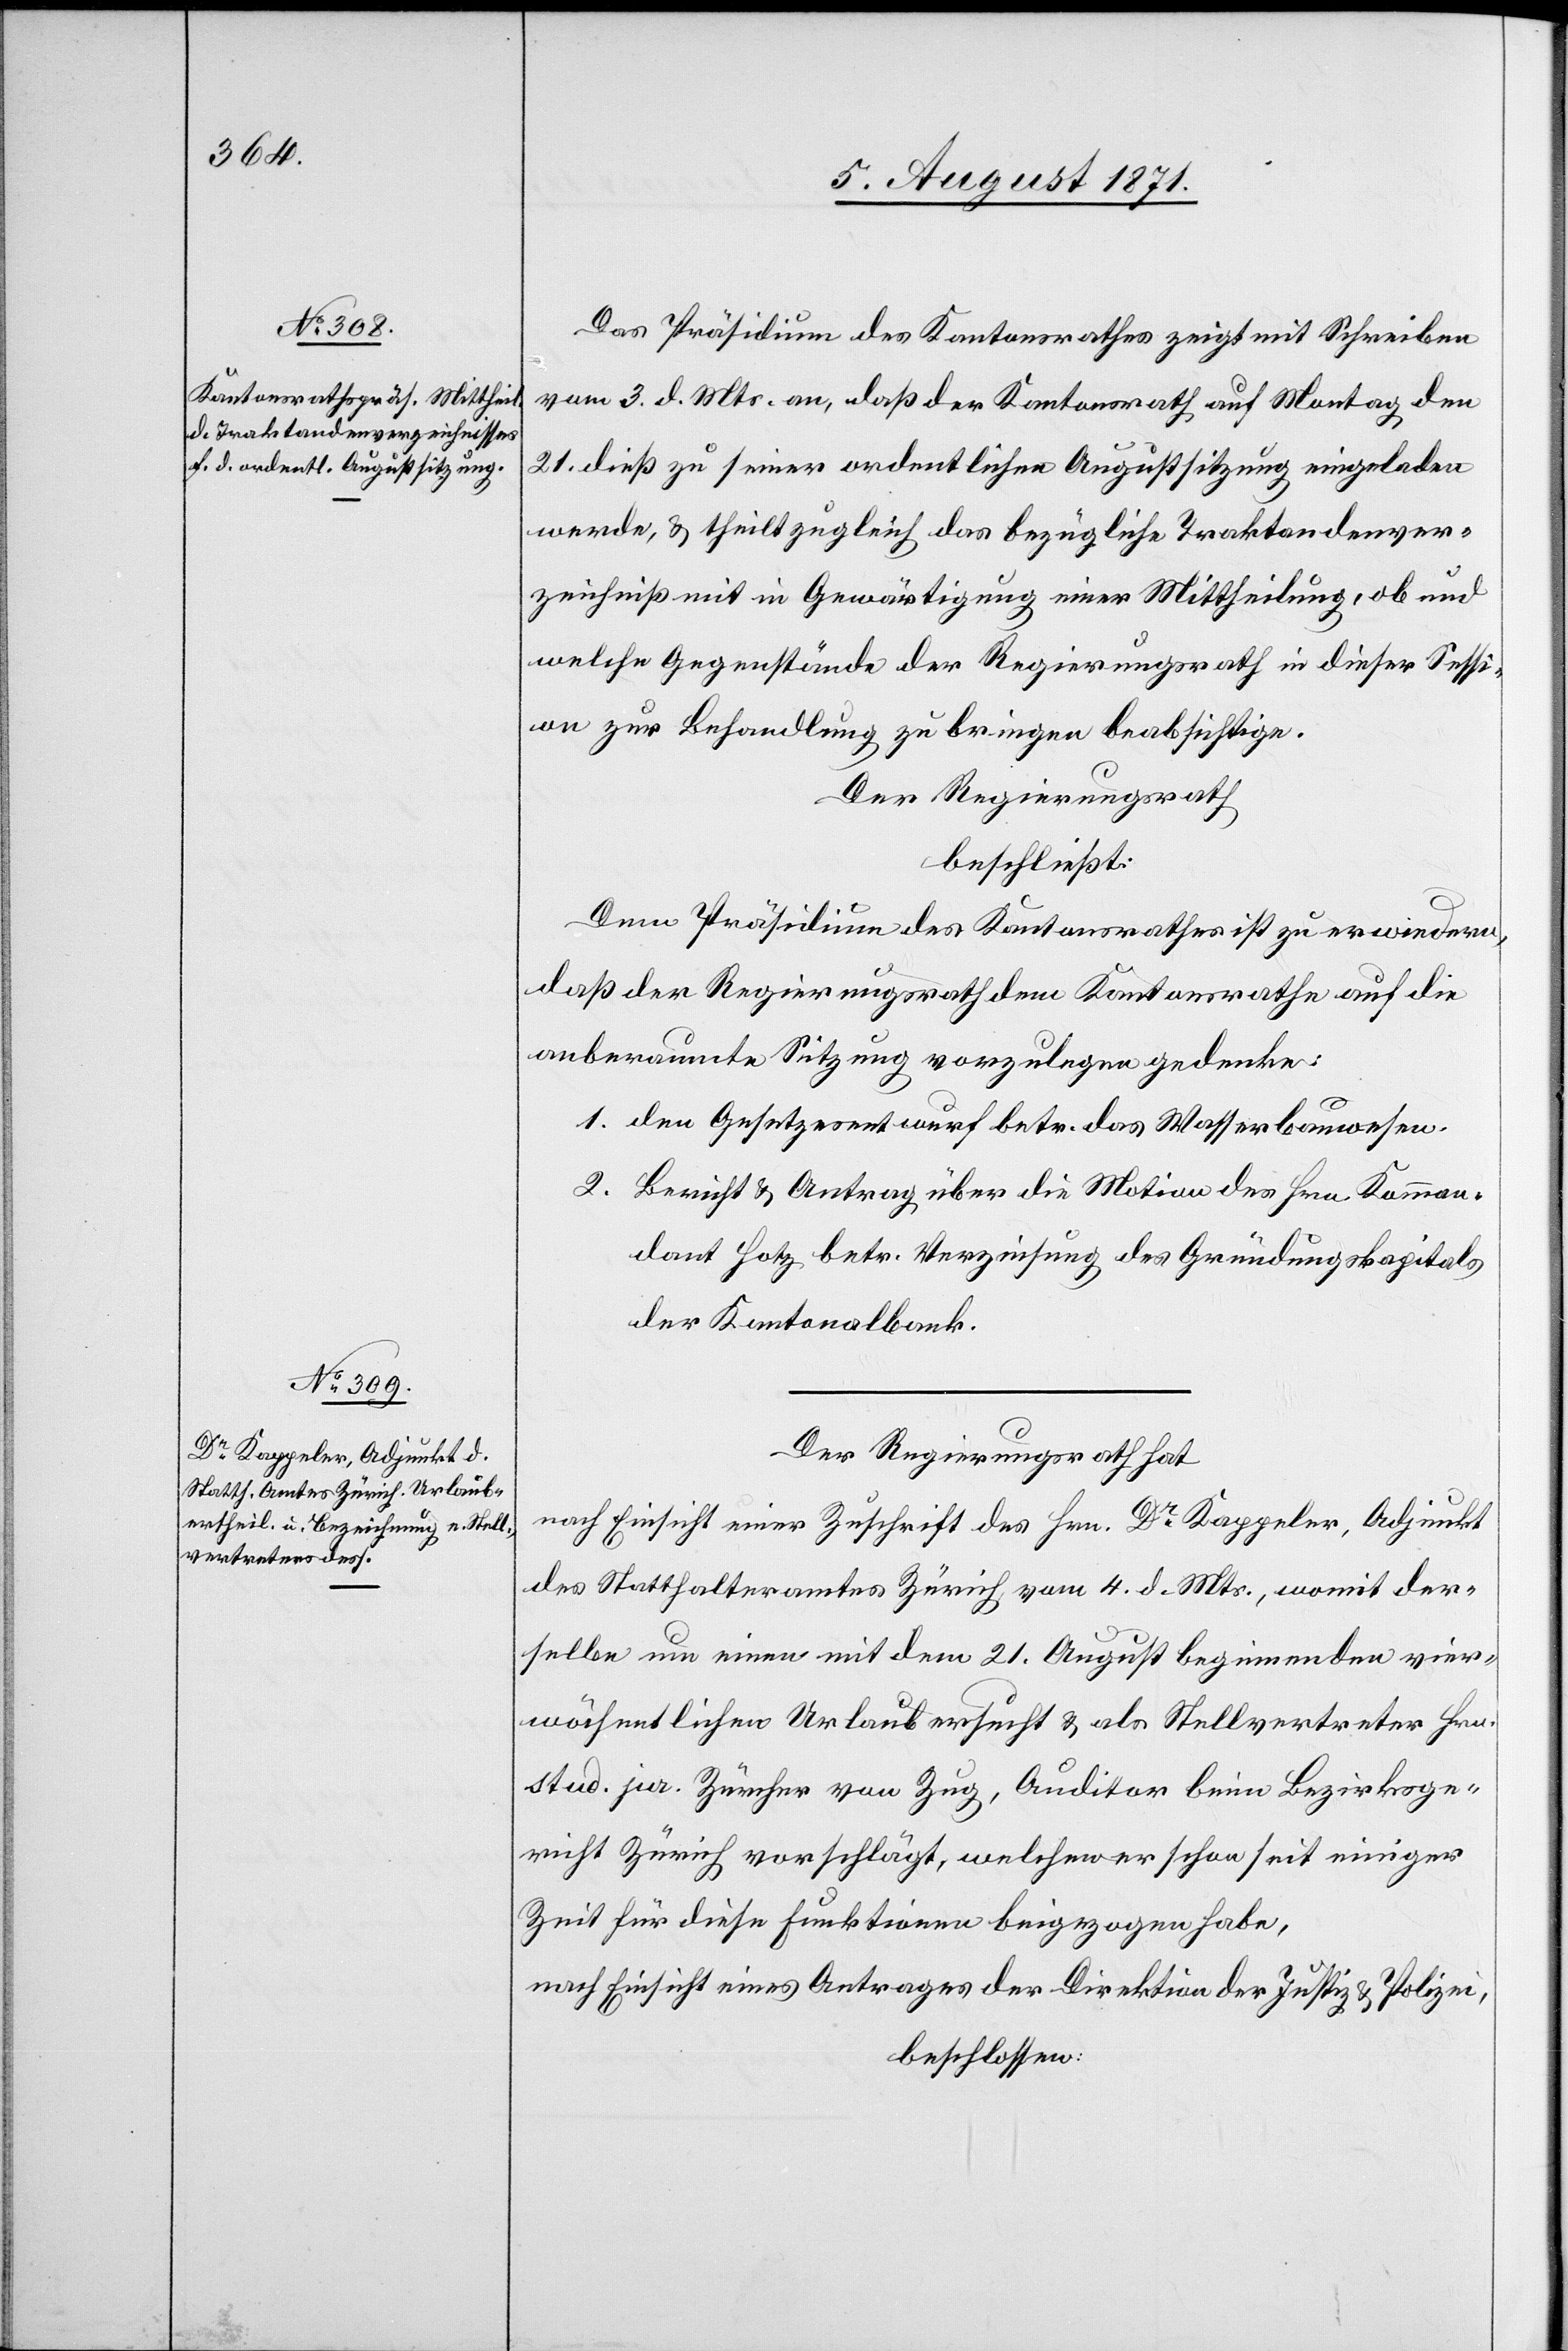
Das Präsidium des Kantonsrathes zeigt mit Schreiben
vom 3. d. Mts. an, daß der Kantonsrath auf Montag den
21. dieß zu seiner ordentlichen Augustsitzung eingeladen
werde, u. theilt zugleich das bezügliche Traktandenver¬
zeichniß mit in Gewärtigung einer Mittheilung, ob und
welche Gegenstände der Regierungsrath in dieser Sessi¬
on zur Behandlung zu bringen beabsichtige.
Der Regierungsrath
beschließt:
Dem Präsidium des Kantonsrathes ist zu erwiedern,
daß der Regierungsrath dem Kantonsrathes auf die
anberaumte Sitzung vorzulegen gedenke:
1. den Gesetzesentwurf betr. das Wasserbauwesen.
2. Bericht u. Antrag über die Motion des Hrn. Komman¬
dant Hotz betr. Verzinsung des Gründungskapitals
der Kantonalbank.
Der Regierungsrath hat
nach Einsicht einer Zuschrift des Hrn. Dr. Kappeler, Adjunkt
des Statthalteramtes Zürich vom 4. d. Mts., womit der¬
selbe um einen mit dem 21. August beginnenden vier¬
wöchentlichen Urlaub ersucht u. als Stellvertreter Hrn.
stud. jur. Zürcher von Zug, Auditor beim Bezirksge¬
richt Zürich vorschlägt, welchen er schon seit einiger
Zeit für diese Funktionen beigezogen habe,
nach Einsicht eines Antrages der Direktion der Justiz u. Polizei,
beschlossen: